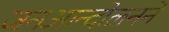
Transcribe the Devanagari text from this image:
जनआन्दोलनने